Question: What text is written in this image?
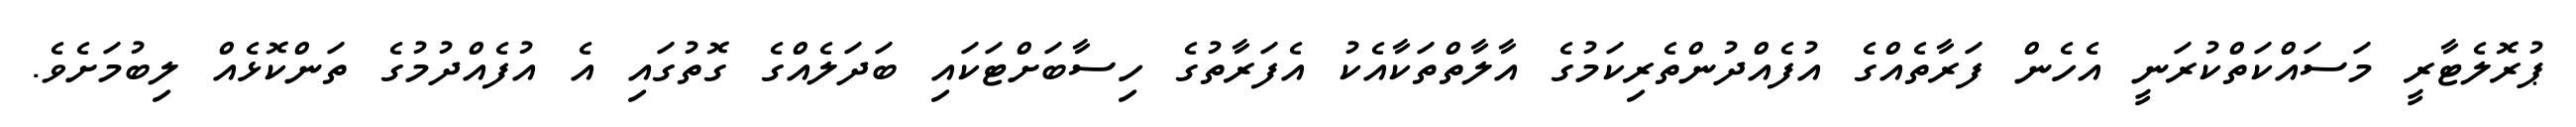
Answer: ޕުރޮލެޓާރީ މަސައްކަތްކުރަނީ އެހެން ފަރާތެއްގެ އުފެއްދުންތެރިކަމުގެ އާލާތްތަކާއެކު އެފަރާތުގެ ހިސާބަށްޓަކައި ބަދަލެއްގެ ގޮތުގައި އެ އުފެއްދުމުގެ ތަންކޮޅެއް ލިބުމަށެވެ.